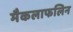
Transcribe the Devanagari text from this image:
मैकलाफलिन